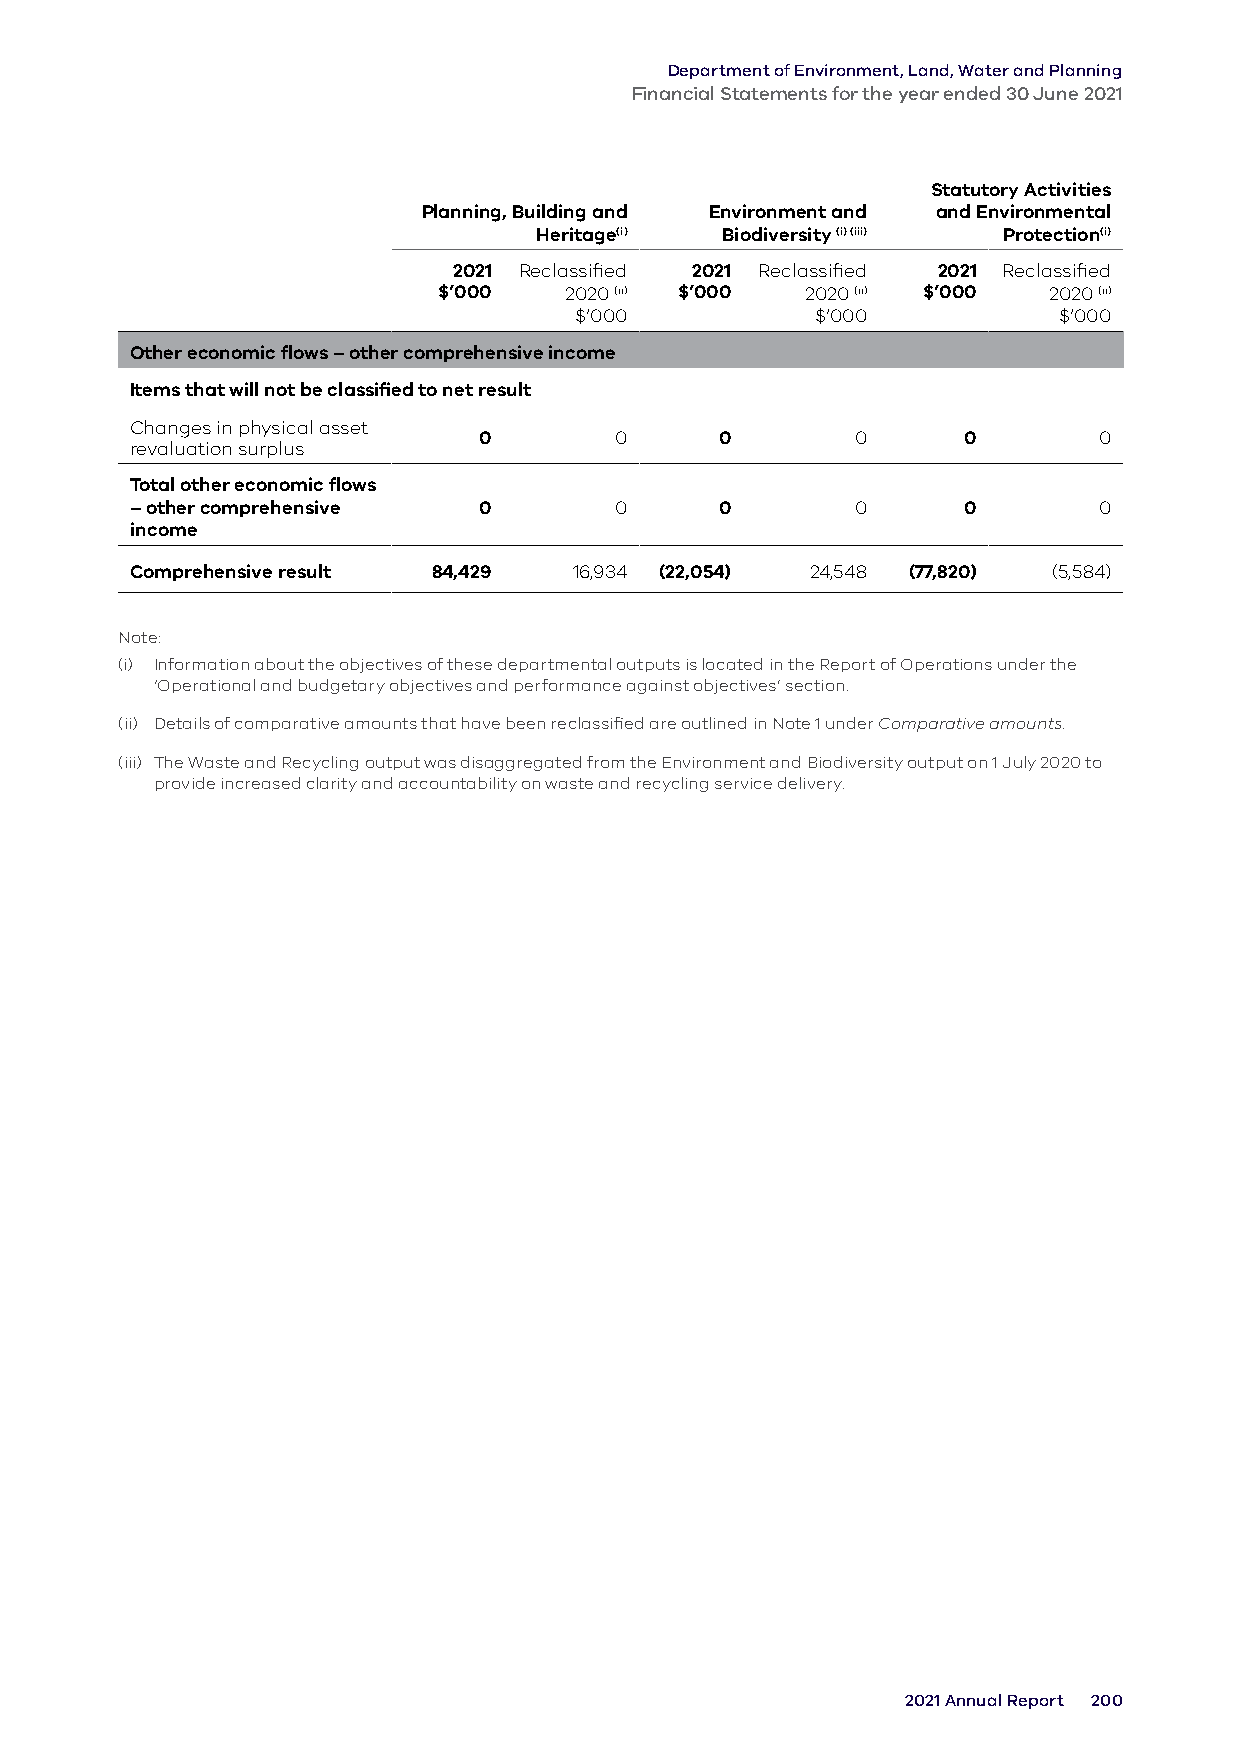
Department of Environment, Land, Water and Planning
 Financial Statements for the year ended 30 June 2021
 Statutory Activities
 Planning, Building and Environment and and Environmental
 Heritage(i)  Biodiversity (i) (iii) Protection(i)
 2021 Reclassified 2021 Reclassified 2021 Reclassified
 $’000   2020 (ii) $’000 2020 (ii) $’000 2020 (ii)
 $’000           $’000           $’000
 Other economic flows – other comprehensive income
 Items that will not be classified to net result
 Changes in physical asset
 0        0      0        0      0        0
 revaluation surplus
 Total other economic flows
 – other comprehensive  0        0      0        0      0        0
 income
 Comprehensive result 84,429  16,934 (22,054) 24,548 (77,820) (5,584)
 Note:
 (i) Information about the objectives of these departmental outputs is located in the Report of Operations under the
 ‘Operational and budgetary objectives and performance against objectives’ section.
 (ii) Details of comparative amounts that have been reclassified are outlined in Note 1 under Comparative amounts.
 (iii) The Waste and Recycling output was disaggregated from the Environment and Biodiversity output on 1 July 2020 to
 provide increased clarity and accountability on waste and recycling service delivery.
 2021 Annual Report 200